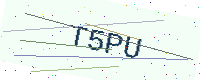
Text: T5PU